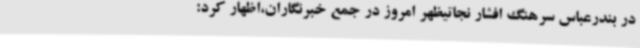
در بندرعباس سرهنگ افشار نجاتیظهر امروز در جمع خبرنگاران،اظهار کرد: